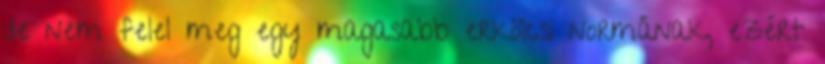
de nem felel meg egy magasabb erkölcsi normának, ezért